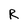
Character: R